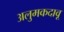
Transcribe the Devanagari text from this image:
अलुमकदावू